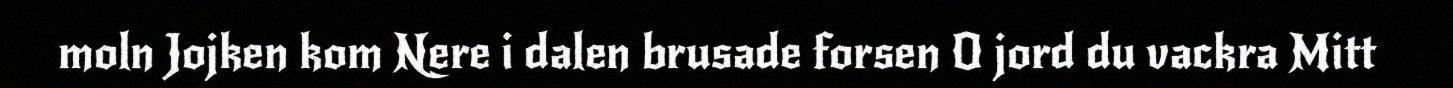
moln Jojken kom Nere i dalen brusade forsen O jord du vackra Mitt